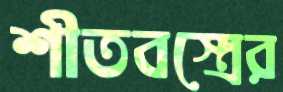
শীতবস্ত্রের